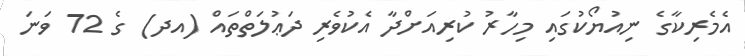
އެމެރިކާގެ ނިއުޔޯކުގައި މިހާރު ކުރިއަށްދާ އެކުވެރި ދަޢުލަތްތައް (އދ) ގެ 72 ވަނަ